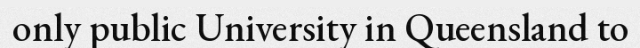
only public University in Queensland to